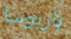
باربوسا